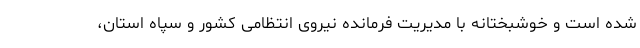
شده است و خوشبختانه با مدیریت فرمانده نیروی انتظامی کشور و سپاه استان،